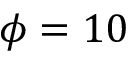
\phi = 1 0